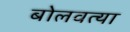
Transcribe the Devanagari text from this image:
बोलवत्या